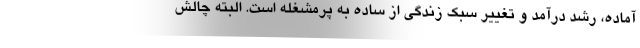
آماده، رشد درآمد و تغییر سبک زندگی از ساده به پرمشغله است. البته چالش